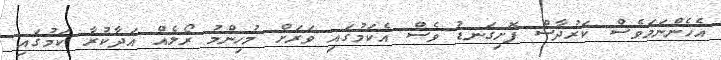
އެހެންނަމަވެސް ކަރުދާސް ފޮށިގަނޑު ވެސް އެކަމުގައި ވަރަށް މުހިންމު ރޯލެއް އަދާކުރާ ކަމުގައި